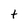
Character: t